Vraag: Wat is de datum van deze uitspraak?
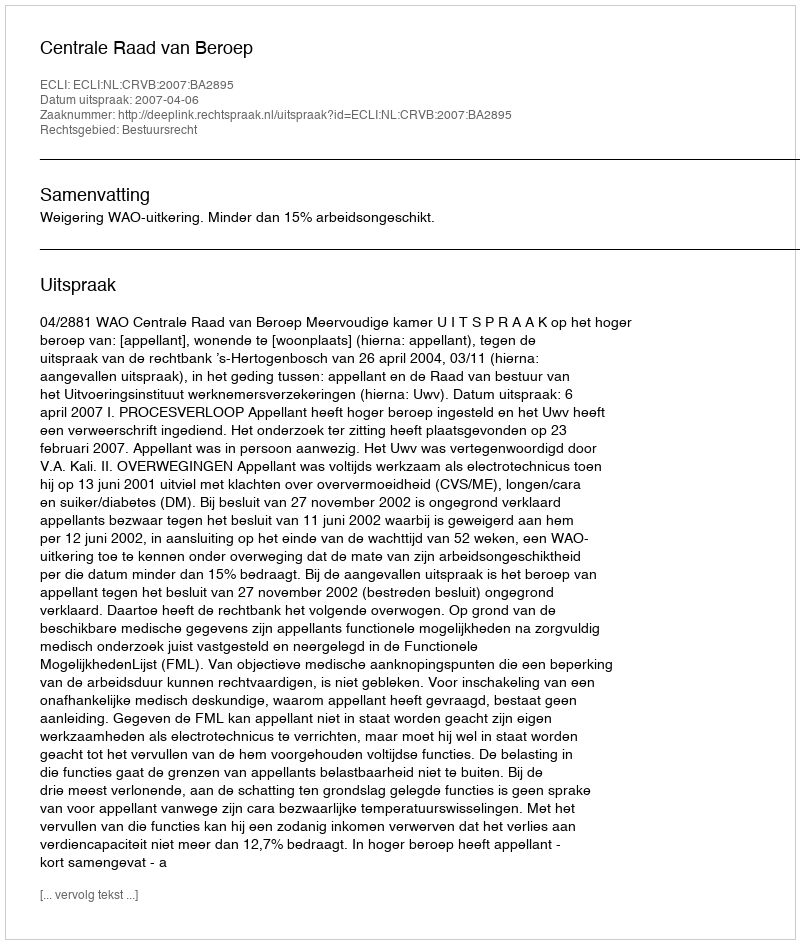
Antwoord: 2007-04-06